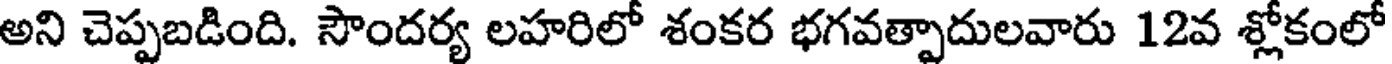
అని చెప్పబడింది. సౌందర్య లహరిలో శంకర భగవత్పాదులవారు 12వ శ్లోకంలో